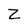
Character: Z